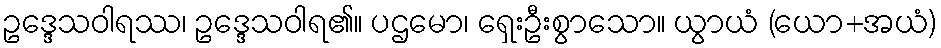
ဥဒ္ဒေသဝါရဿ၊ ဥဒ္ဒေသဝါရ၏။ ပဌမော၊ ရှေးဦးစွာသော။ ယွာယံ (ယော+အယံ)